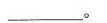
___。